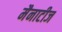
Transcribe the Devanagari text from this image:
मैनाटीज